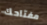
مفتاحك